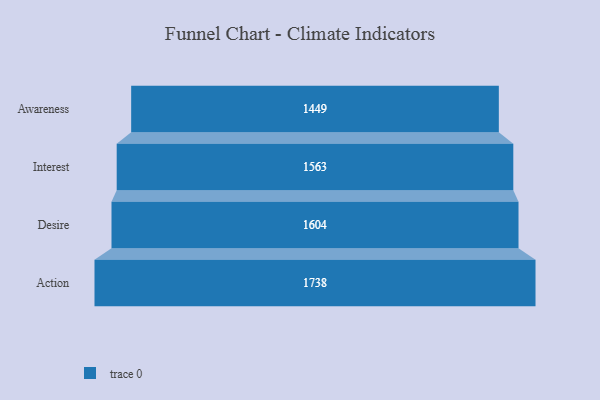
{"axis": {"x": "Stage", "y": "Value"}, "legend": [""], "data": [{"x": "Awareness", "y": 1449.0, "type": ""}, {"x": "Interest", "y": 1563.0, "type": ""}, {"x": "Desire", "y": 1604.0, "type": ""}, {"x": "Action", "y": 1738.0, "type": ""}]}